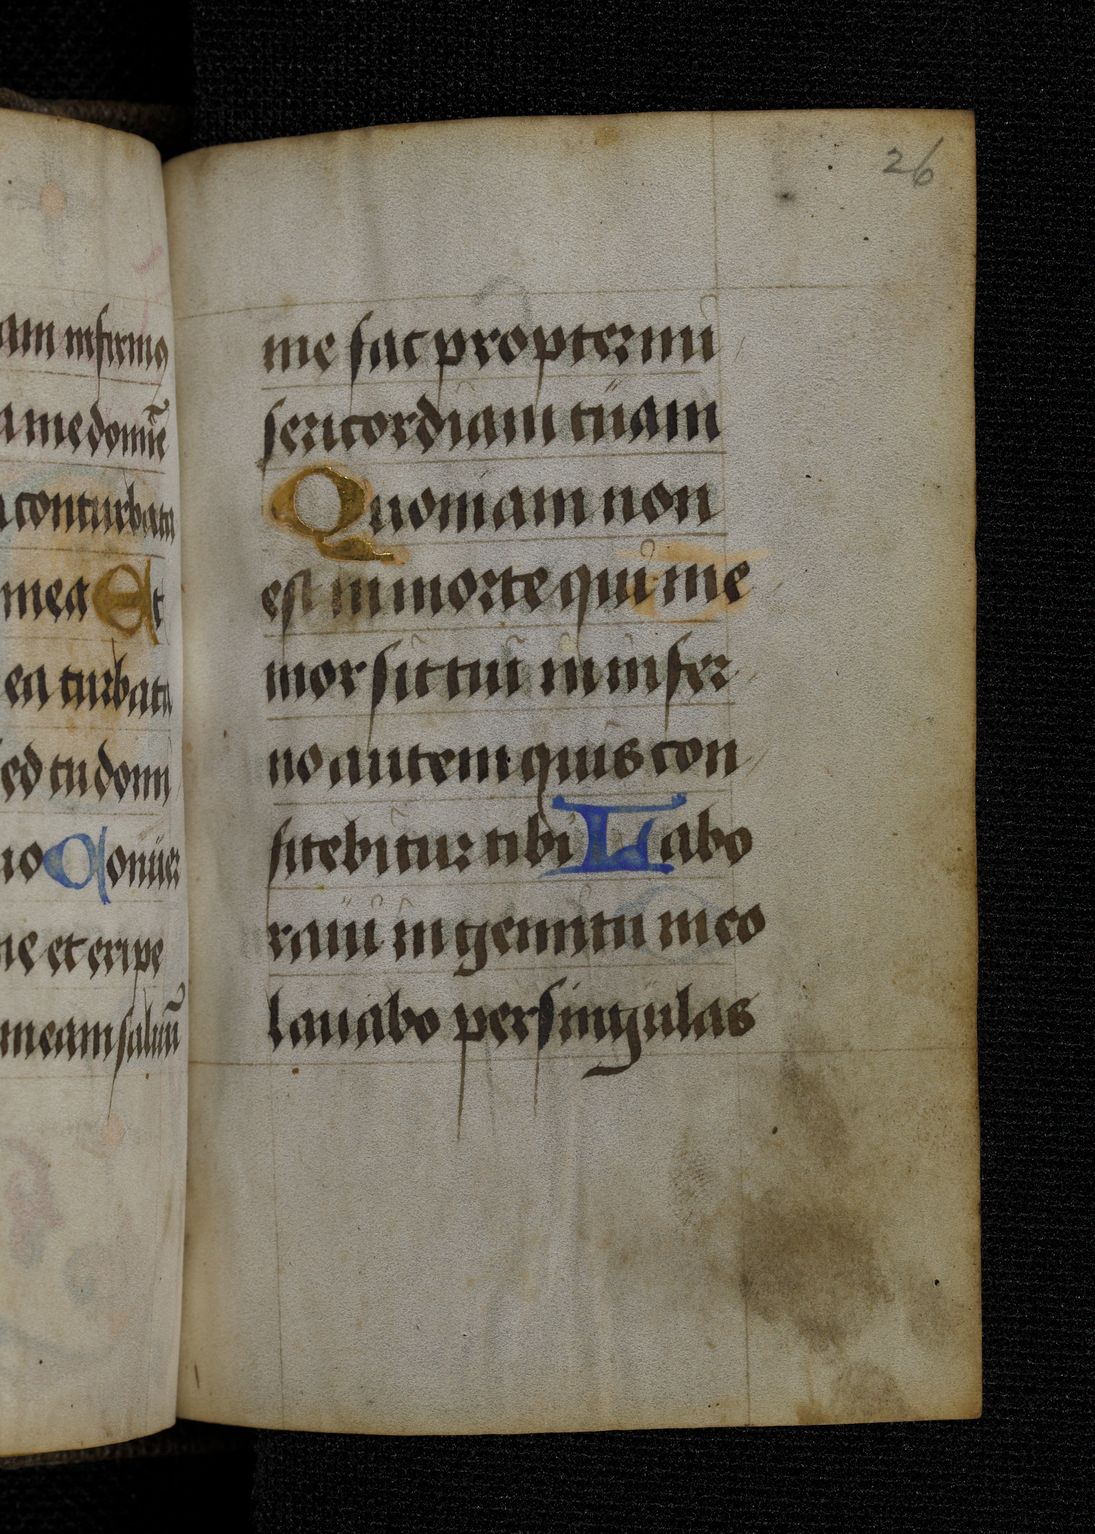
Shelfmark: Berlin, Staatsbibliothek, Germ. Oct. 511
Century: 15